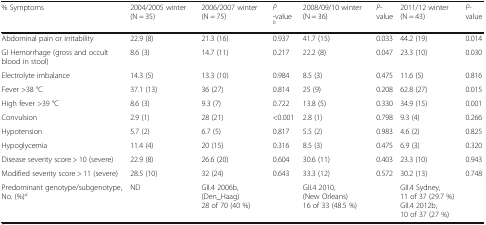
<table><thead><tr><td><b>% Symptoms</b></td><td><b>2004/2005 winter (N = 35)</b></td><td><b>2006/2007 winter (N = 75)</b></td><td><b><i>P</i> -value <sup><i>b</i></sup></b></td><td><b>2008/09/10 winter (N = 36)</b></td><td><b><i>P</i>-value</b></td><td><b>2011/12 winter (N = 43)</b></td><td><b><i>P</i>-value</b></td></tr></thead><tbody><tr><td>Abdominal pain or irritability</td><td>22.9 (8)</td><td>21.3 (16)</td><td>0.937</td><td>41.7 (15)</td><td>0.033</td><td>44.2 (19)</td><td>0.014</td></tr><tr><td>GI Hemorrhage (gross and occult blood in stool)</td><td>8.6 (3)</td><td>14.7 (11)</td><td>0.217</td><td>22.2 (8)</td><td>0.047</td><td>23.3 (10)</td><td>0.030</td></tr><tr><td>Electrolyte imbalance</td><td>14.3 (5)</td><td>13.3 (10)</td><td>0.984</td><td>8.5 (3)</td><td>0.475</td><td>11.6 (5)</td><td>0.816</td></tr><tr><td>Fever &gt;38 °C</td><td>37.1 (13)</td><td>36 (27)</td><td>0.814</td><td>25 (9)</td><td>0.208</td><td>62.8 (27)</td><td>0.015</td></tr><tr><td>High fever &gt;39 °C</td><td>8.6 (3)</td><td>9.3 (7)</td><td>0.722</td><td>13.8 (5)</td><td>0.330</td><td>34.9 (15)</td><td>0.001</td></tr><tr><td>Convulsion</td><td>2.9 (1)</td><td>28 (21)</td><td>&lt;0.001</td><td>2.8 (1)</td><td>0.798</td><td>9.3 (4)</td><td>0.266</td></tr><tr><td>Hypotension</td><td>5.7 (2)</td><td>6.7 (5)</td><td>0.817</td><td>5.5 (2)</td><td>0.983</td><td>4.6 (2)</td><td>0.825</td></tr><tr><td>Hypoglycemia</td><td>11.4 (4)</td><td>20 (15)</td><td>0.316</td><td>8.5 (3)</td><td>0.475</td><td>6.9 (3)</td><td>0.320</td></tr><tr><td>Disease severity score &gt; 10 (severe)</td><td>22.9 (8)</td><td>26.6 (20)</td><td>0.604</td><td>30.6 (11)</td><td>0.403</td><td>23.3 (10)</td><td>0.943</td></tr><tr><td>Modified severity score &gt; 11 (severe)</td><td>28.5 (10)</td><td>32 (24)</td><td>0.643</td><td>33.3 (12)</td><td>0.572</td><td>30.2 (13)</td><td>0.748</td></tr><tr><td>Predominant genotype/subgenotype,No. (%)<sup><i>a</i></sup></td><td>ND</td><td>GII.4 2006b,(Den_Haag)28 of 70 (40 %)</td><td></td><td>GII.4 2010,(New Orleans)16 of 33 (48.5 %)</td><td></td><td>GII.4 Sydney,11 of 37 (29.7 %)GII.4 2012b,10 of 37 (27 %)</td><td></td></tr></tbody></table>